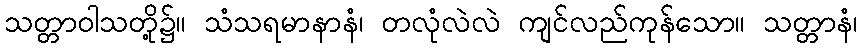
သတ္တာဝါသတို့၌။ သံသရမာနာနံ၊ တလုံလဲလဲ ကျင်လည်ကုန်သော။ သတ္တာနံ၊